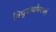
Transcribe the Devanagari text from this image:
विद्युदब्दोपमानौ।